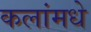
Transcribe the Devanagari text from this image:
कलांमधे